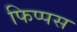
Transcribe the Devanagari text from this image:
फिप्पस